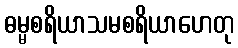
ဓမ္မစရိယာသမစရိယာဟေတု